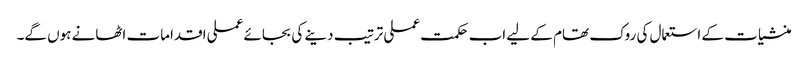
منشیات کے استعمال کی روک تھام کے لیے اب حکمت عملی ترتیب دینے کی بجائے عملی اقدامات اٹھانے ہوں گے۔